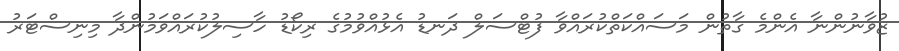
ޒުވާނުންނާ އެންމެ ގާތުން މަސައްކަތްކުރައްވާ ފުޓްސަލް ދަނޑު އެޅުއްވުމުގެ ރިކޯޑު ހާސިލުކުރައްވަމުންދާ މިނިސްޓަރު